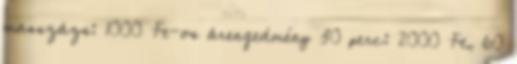
masszázs: 1000 Ft-os árengedmény 30 perc: 2000 Ft, 60